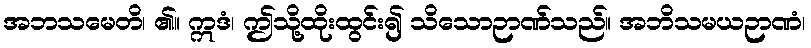
အဘသမေတိ၊ ၏။ ဣဒံ၊ ဤသို့ထိုးထွင်း၍ သိသောဉာဏ်သည်။ အဘိသမယဉာဏံ၊